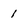
Character: 1